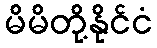
မိမိတို့နိုင်ငံ